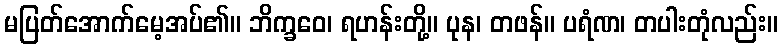
မပြတ်အောက်မေ့အပ်၏။ ဘိက္ခဝေ၊ ရဟန်းတို့။ ပုန၊ တဖန်။ ပရံဏ၊ တပါးတုံလည်း။